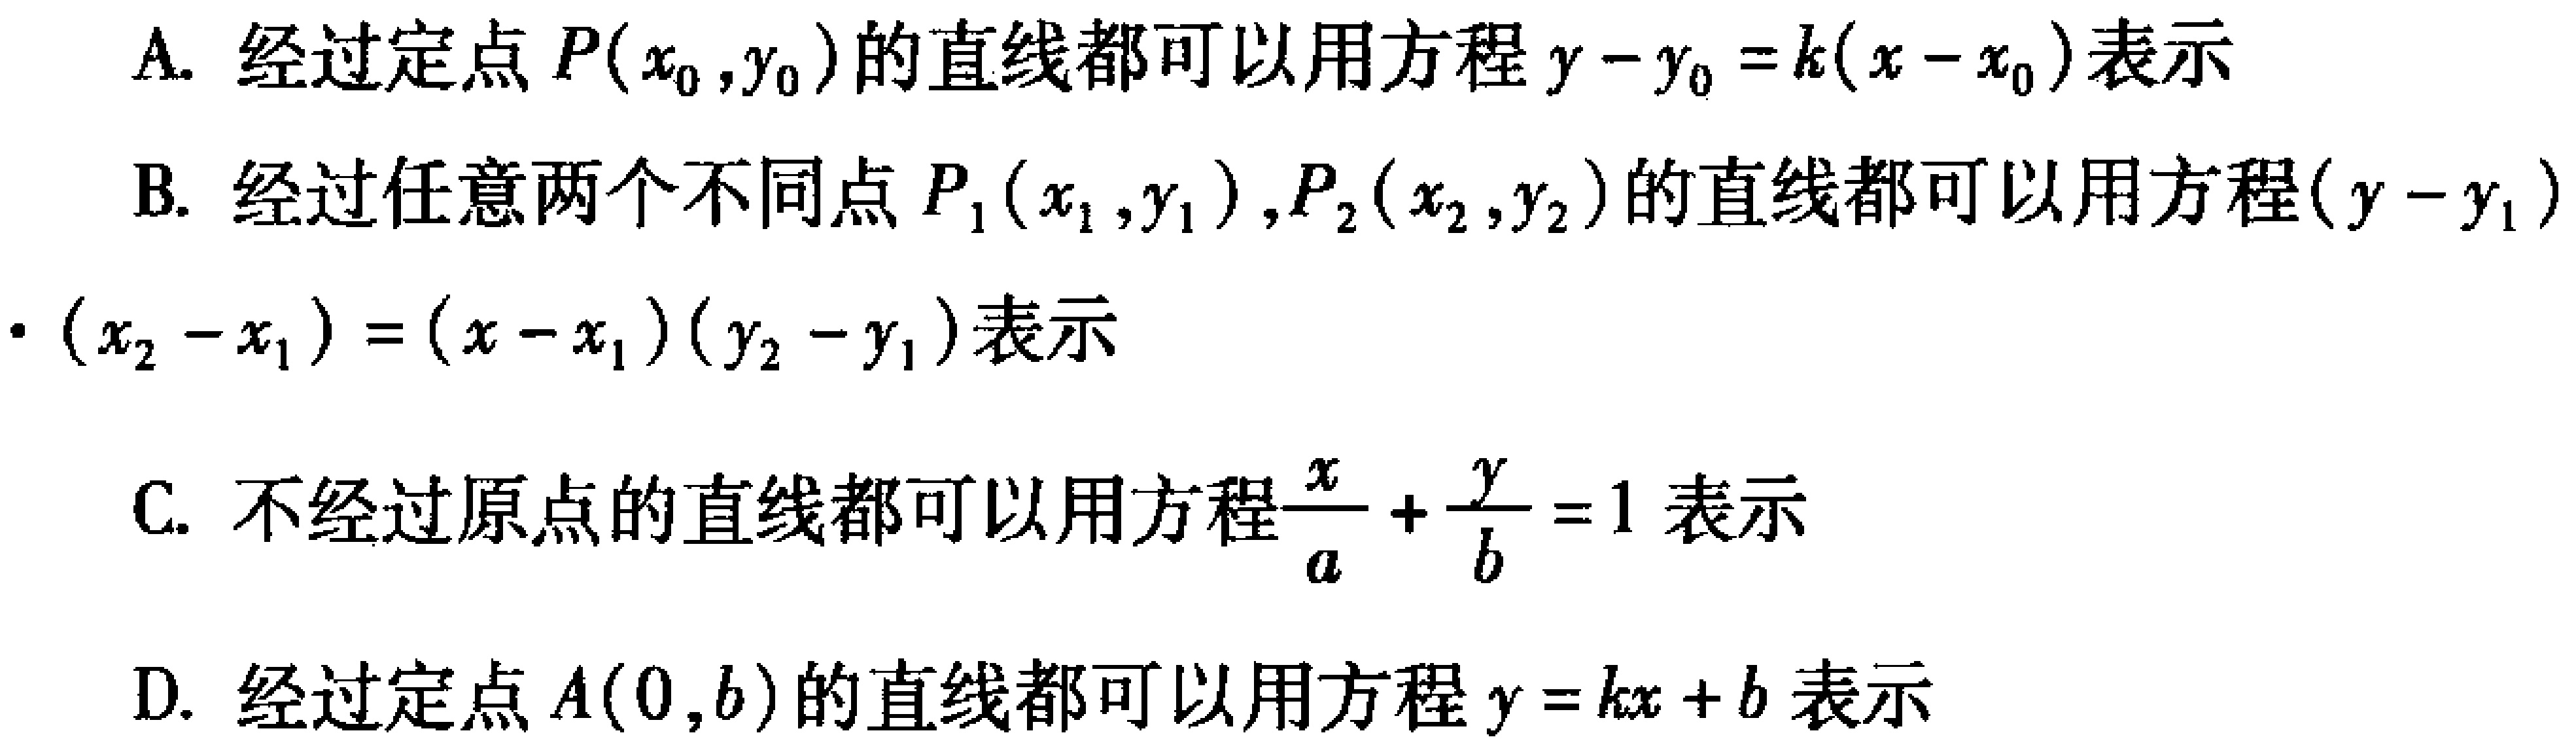
A. 经过定点 \(P(x_{0},y_{0})\)的直线都可以用方程 \(y - y_{0}=k(x - x_{0})\)表示
B. 经过任意两个不同点 \(P_{1}(x_{1},y_{1}),P_{2}(x_{2},y_{2})\)的直线都可以用方程\((y - y_{1})\cdot(x_{2}-x_{1})=(x - x_{1})(y_{2}-y_{1})\)表示
C. 不经过原点的直线都可以用方程\(\frac{x}{a}+\frac{y}{b}=1\)表示
D. 经过定点 \(A(0,b)\)的直线都可以用方程 \(y = kx + b\)表示